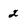
Character: 2